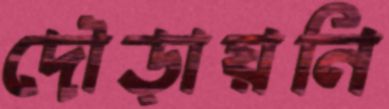
দৌড়ায়নি